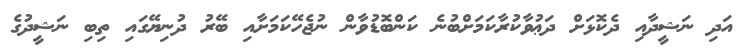
އަދި ނަޝީދާއި ދެކޮޅަށް ދަޢުވާކުރާކަމަށްބުނެ ކަންބޮޑުވާން ނުޖެހޭކަމަށާއި ބޭރު ދުނިޔޭގައި ތިބި ނަޝީދުގެ